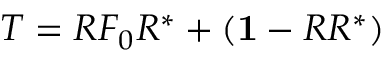
T = R F _ { 0 } R ^ { * } + ( { \bf 1 } - R R ^ { * } )